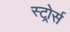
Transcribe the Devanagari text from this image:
स्टोर्र्स